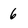
Character: 6